Scottish Leaving Certificate Examination, 1957
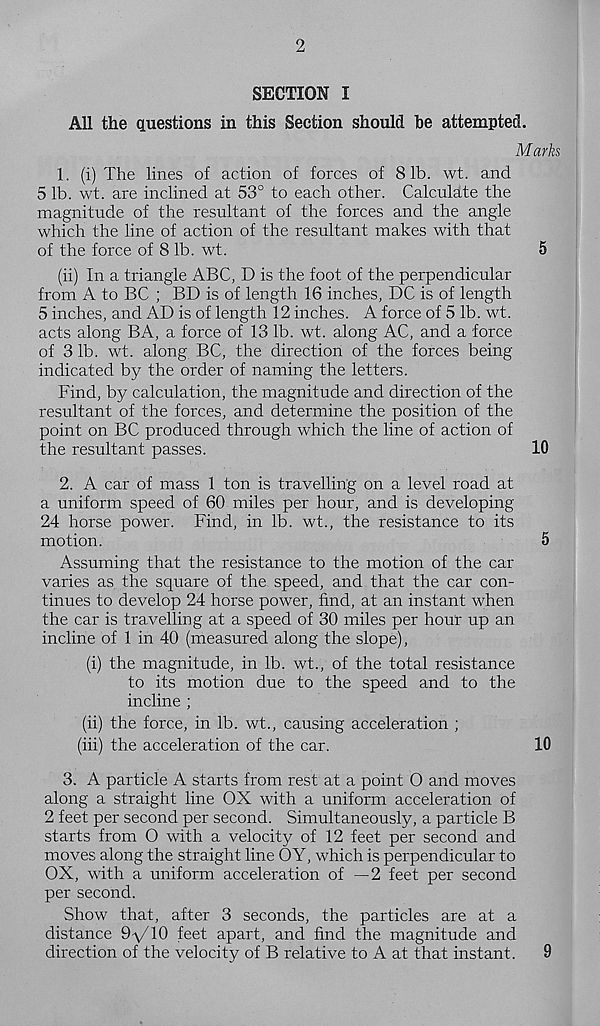
2
SECTION I
All the questions in this Section should he attempted.
Marks
1. (i) The lines of action of forces of 81b. wt. and
5 lb. wt. are inclined at 53° to each other. Calculate the
magnitude of the resultant of the forces and the angle
which the line of action of the resultant makes with that
of the force of 8 lb. wt.
5
(ii) In a triangle ABC, D is the foot of the perpendicular
from A to BC ; BD is of length 16 inches, DC is of length
5 inches, and AD is of length 12 inches. A force of 5 lb. wt.
acts along BA, a force of 13 lb. wt. along AC, and a force
of 3 lb. wt. along BC, the direction of the forces being
indicated by the order of naming the letters.
Find, by calculation, the magnitude and direction of the
resultant of the forces, and determine the position of the
point on BC produced through which the line of action of
the resultant passes.
10
2. A car of mass 1 ton is travelling on a level road at
a uniform speed of 60 miles per hour, and is developing
24 horse power. Find, in lb. wt., the resistance to its
motion.
5
Assuming that the resistance to the motion of the car
varies as the square of the speed, and that the car con-
tinues to develop 24 horse power, find, at an instant when
the car is travelling at a speed of 30 miles per hour up an
incline of 1 in 40 (measured along the slope),
(i) the magnitude, in lb. wt., of the total resistance
to its motion due to the speed and to the
incline ;
(ii) the force, in lb. wt., causing acceleration ;
(iii) the acceleration of the car.
10
3. A particle A starts from rest at a point O and moves
along a straight line OX with a uniform acceleration of
2 feet per second per second. Simultaneously, a particle B
starts from O with a velocity of 12 feet per second and
moves along the straight line OY, which is perpendicular to
OX, with a uniform acceleration of —2 feet per second
per second.
Show that, after 3 seconds, the particles are at a
distance 9^/10 feet apart, and find the magnitude and
direction of the velocity of B relative to A at that instant.
9